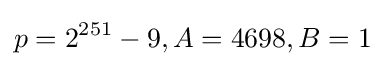
p=2^{251}-9,A=4698,B=1